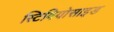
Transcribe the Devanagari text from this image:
स्टिवियोसाइड